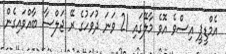
އެމްޑީޕީ އިސްވެ އޮވެ މާލޭގައި 21 ވަނަ ދުވަހުގެ ރޭ ޖަލްސާ ބާއްވައިގެން